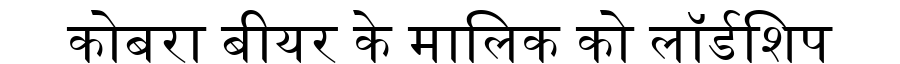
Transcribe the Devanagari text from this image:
कोबरा बीयर के मालिक को लॉर्डशिप